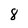
Character: 8